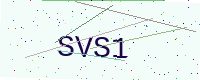
Text: SVS1